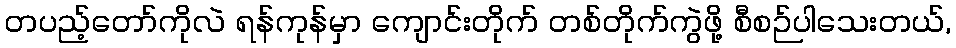
တပည့်တော်ကိုလဲ ရန်ကုန်မှာ ကျောင်းတိုက် တစ်တိုက်ကွဲဖို့ စီစဉ်ပါသေးတယ်,